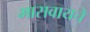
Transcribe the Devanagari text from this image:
भासवायचे